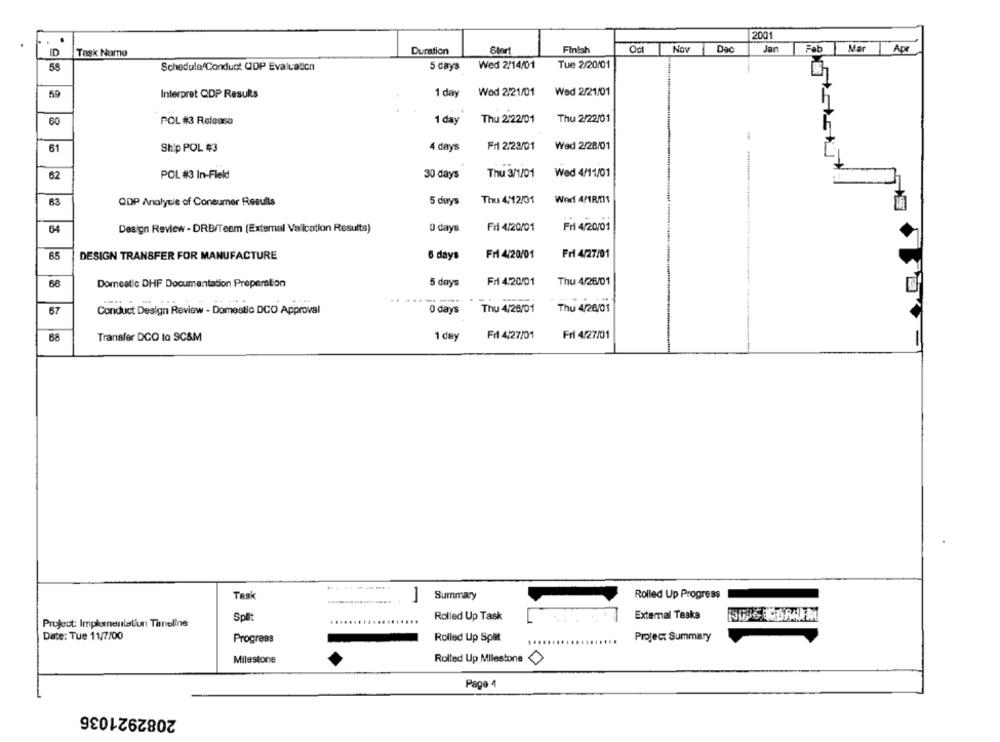
2001
ED
Task Name
Duration
Short
Finish
Oct
Nov
Dac
Jar
Fot
Mar
Apr
58
Schedule Conduct QDP Evaluation
5 days
Wed 2/14/01
Tue 2/20/01
59
Interpret QDP Results
1 day
Wod 2/21/01
Wed 2/21/01
Thu 2/22/01
60
POL #3 Release
1 day
Thu 2/22/01
61
Ship POL #3
4 days
Fri 223/01
Wed 2/28/01
62
POL #3 In-Fleld
30 days
Thu 3/1/01
Wed 4/11/01
ODP Analycie of Consumer Results
5 days
Thu 4/12/01
Wod 4/1RM1
63
64
Design Review - DRB/Team (External Vallcation Results)
0 days
Fri 4/20/01
Fri 4/20/01
65
DESIGN TRANSFER FOR MANUFACTURE
6 days
Fri 4/20/01
Fri 4/27/01
68
Domestic DHF Documentation Prepertion
5 days
Fr 4.20/01
Thu 4/26/01
67
Conduct Design Review - Domestic DCO Approval
0 days
Thu 4/28/01
Thu 4/26/01
68
Transfer DCO lo SC&M
1 day
Fr 4/27/01
Fri 4/27/01
Task
Summary
Rolled Up Progress
Rolled Up Task
External Teske
Project: Implanenlatiun Tineline
Spllt
Date: Tue 11/7/00
Progress
Rolled Up Split
Project Summary
....
Milestone
Rolled Up Milestone <
Page 4
2082921036